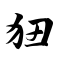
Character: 狃